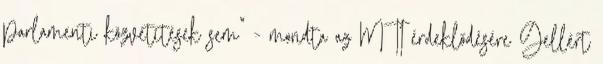
parlamenti közvetítések sem" - mondta az MTI érdeklődésére Gellért